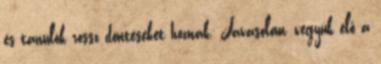
és tanulók rossz döntéseket hoznak. Javasolom, vegyük elő a